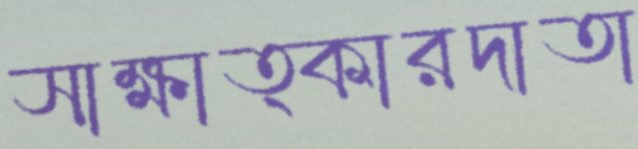
সাক্ষাত্কারদাতা